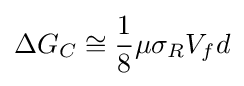
\Delta G_{C}\cong {1 \over 8}\mu \sigma _{R}V_{f}d